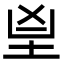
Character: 𦤴